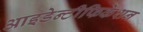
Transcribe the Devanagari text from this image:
आइडेन्टीफिकेशन